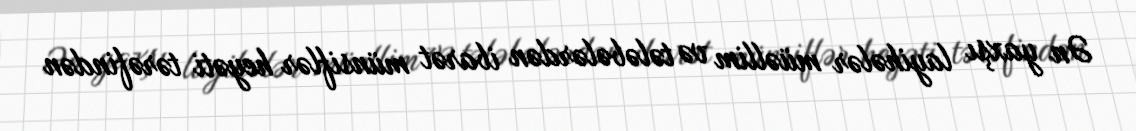
Ən yaxşı layihələr müəllim və tələbələrdən ibarət münsiflər heyəti tərəfindən